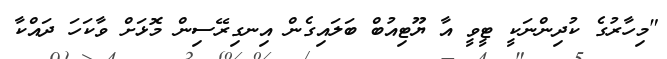
"މިހާރުގެ ކުދިންނަކީ ޓީވީ އާ ޔޫޓިއުބް ބަލައިގެން އިނގިރޭސިން މޮޅަށް ވާކަހަ ދައްކާ